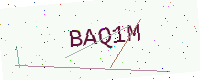
Text: BAQ1M